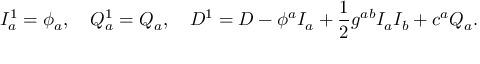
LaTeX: { \cal I } _ { a } ^ { 1 } = \phi _ { a } , \quad { \cal Q } _ { a } ^ { 1 } = { \cal Q } _ { a } , \quad { \cal D } ^ { 1 } = { \cal D } - \phi ^ { a } I _ { a } + \frac { 1 } { 2 } g ^ { a b } I _ { a } I _ { b } + c ^ { a } Q _ { a } .